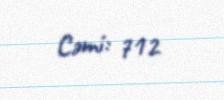
Cəmi: 712